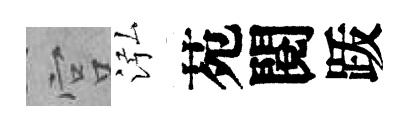
宫泓苑閱䟦